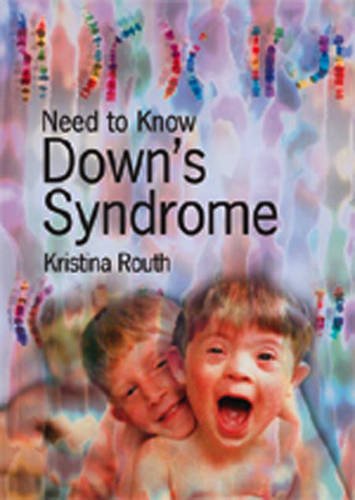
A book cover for Down's Syndrome (Need to know); Kristina Routh; Teen & Young Adult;